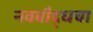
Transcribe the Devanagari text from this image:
नवबौद्धचा